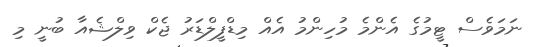
ނަމަވެސް ޓީމުގެ އެންމެ މުހިންމު އެއް މިޑްފީލްޑަރު ޖެކް ވިލްޝެއާ ބުނީ މި